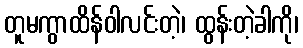
တူမကွာထိန်ဝါလင်းတဲ့၊ ထွန်းတဲ့ခါကို၊